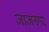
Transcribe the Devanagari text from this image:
जाजनगर